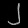
Digit: ၂